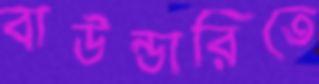
বাউন্ডারিতে